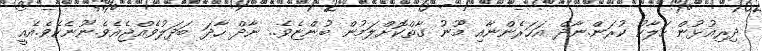
ދިރިއުޅުން ހަލާކު ކުރަން.ނާދް އަހަރެންނާއި މޫނު ގާތްކޮށްލަމުން ބުންޏެވެ.. ނާދް ހާދަ ބަދަލުވެއްޖެއެވެ.ނޫނެކެވެ.އެއީ